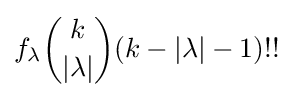
f_{\lambda }{\binom {k}{|\lambda |}}(k-|\lambda |-1)!!